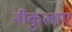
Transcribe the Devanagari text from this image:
नीकुलाए